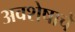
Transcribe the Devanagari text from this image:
अवशेषाचे